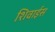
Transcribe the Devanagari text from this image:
शिवाईस